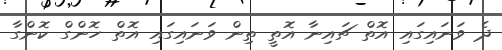
ދެ ވަނައިގައި އޮތް ޗައިނާ އޮތީ ތިން ވަނައިގައި އޮތް ހޮންގް ކޮންގާ